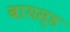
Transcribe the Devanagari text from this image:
बायस्ड